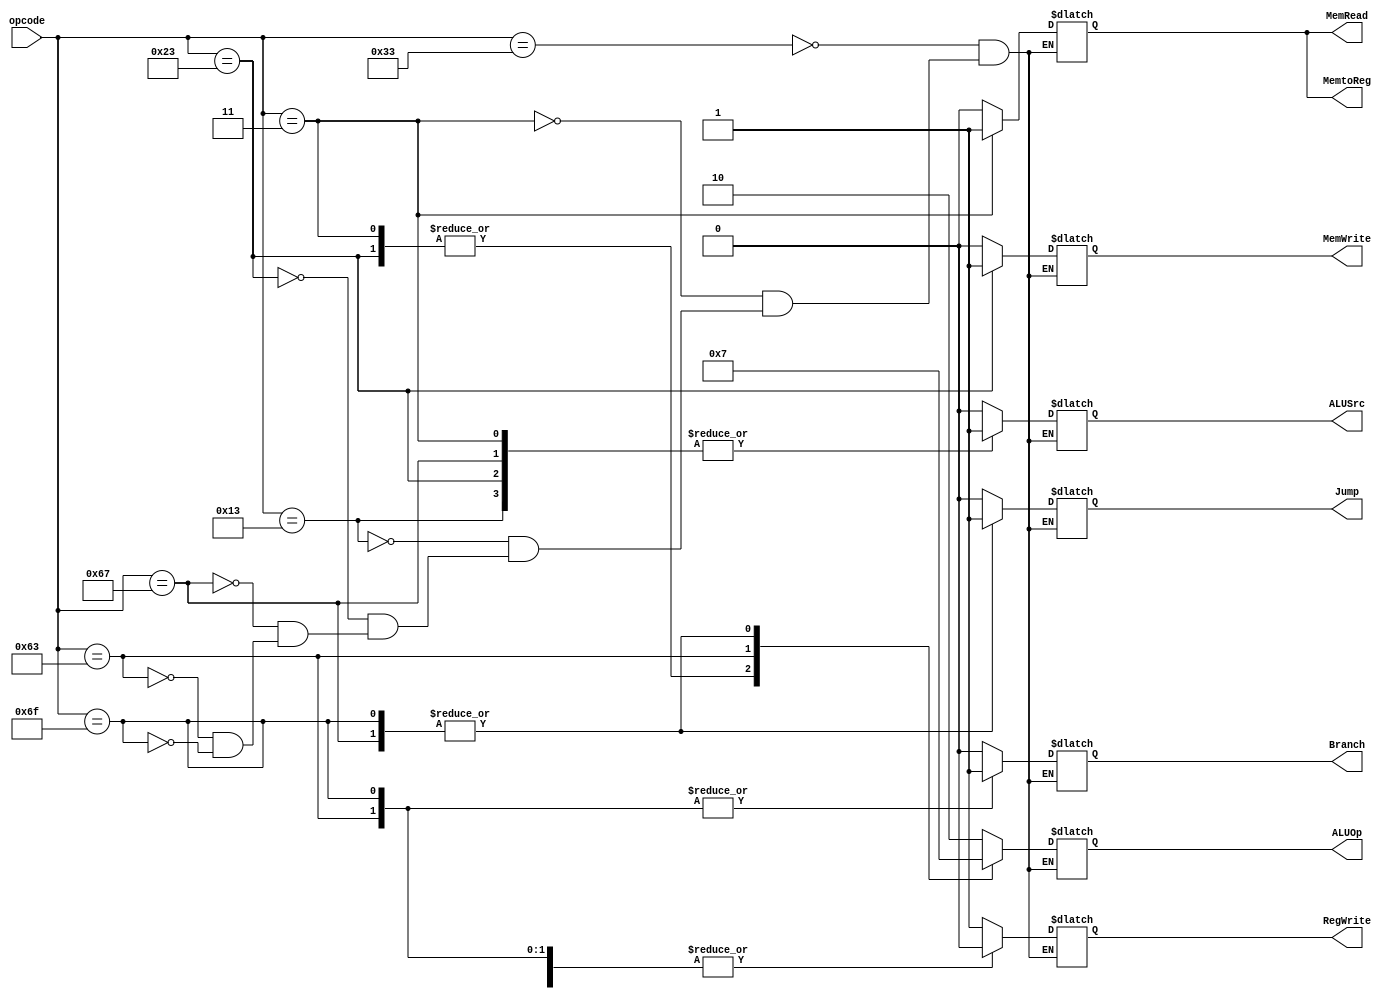
`timescale 1ns / 1ps

module control(
  input [6:0] opcode,
  output reg Branch,
  output reg MemRead,
  output reg MemtoReg,
  output reg [1:0] ALUOp,
  output reg MemWrite,
  output reg ALUSrc,
  output reg RegWrite,
  output reg Jump
);

  initial begin
    Branch = 0;
    MemRead = 0;
    MemtoReg = 0;
    ALUOp = 2'b00;
    MemWrite = 0;
    ALUSrc = 0;
    RegWrite = 0;
    Jump = 0;
  end

  always @(*) begin
    case (opcode)
      7'b0110011: begin // R-type
        Branch = 0;
        MemRead = 0;
        MemtoReg = 0;
        ALUOp = 2'b10;
        MemWrite = 0;
        ALUSrc = 0;
        RegWrite = 1;
        Jump = 0;
      end
      7'b0000011: begin // Load
        Branch = 0;
        MemRead = 1;
        MemtoReg = 1;
        ALUOp = 2'b00;
        MemWrite = 0;
        ALUSrc = 1;
        RegWrite = 1;
        Jump = 0;
      end
      7'b0010011: begin // immediate
        Branch = 0;
        MemRead = 0;
        MemtoReg = 0;
        ALUOp = 2'b10;
        MemWrite = 0;
        ALUSrc = 1;
        RegWrite = 1;
        Jump = 0;
      end
      7'b0100011: begin // S-type
        Branch = 0;
        MemRead = 0;
        MemtoReg = 0;
        ALUOp = 2'b00;
        MemWrite = 1;
        ALUSrc = 1;
        RegWrite = 0;
        Jump = 0;
      end
      7'b1100111: begin // jalr
        Branch = 0;
        MemRead = 0;
        MemtoReg = 0;
        ALUOp = 2'b11;
        MemWrite = 0;
        ALUSrc = 1;
        RegWrite = 1;
        Jump = 1;
      end
      7'b1100011: begin // SB-type
        Branch = 1;
        MemRead = 0;
        MemtoReg = 0;
        ALUOp = 2'b01;
        MemWrite = 0;
        ALUSrc = 0;
        RegWrite = 0;
        Jump = 0;
      end
      7'b1101111: begin // UJ-type
        Branch = 1;
        MemRead = 0;
        MemtoReg = 0;
        ALUOp = 2'b11;
        MemWrite = 0;
        ALUSrc = 0;
        RegWrite = 0;
        Jump = 1;
      end
      default:
        ;
    endcase
    
    $display("Branch = %H;MemRead = %H;MemtoReg = %H;ALUOp = %H;MemWrite = %H;ALUSrc = %H;RegWrite = %H;Jump = %H;", 
        Branch, MemRead, MemtoReg, ALUOp, MemWrite, ALUSrc, RegWrite, Jump);
  end

endmodule